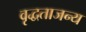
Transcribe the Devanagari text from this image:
वृद्धताजन्य